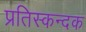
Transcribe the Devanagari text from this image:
प्रतिस्कन्दक